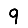
Digit: 9